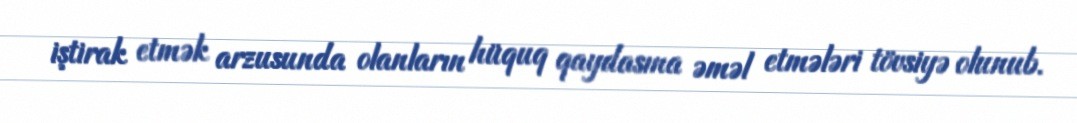
iştirak etmək arzusunda olanların hüquq qaydasına əməl etmələri tövsiyə olunub.